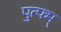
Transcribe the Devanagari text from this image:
पुत्फ्म्